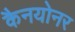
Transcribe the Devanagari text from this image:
कैनयोनर